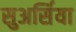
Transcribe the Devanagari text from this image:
सुअर्सिया